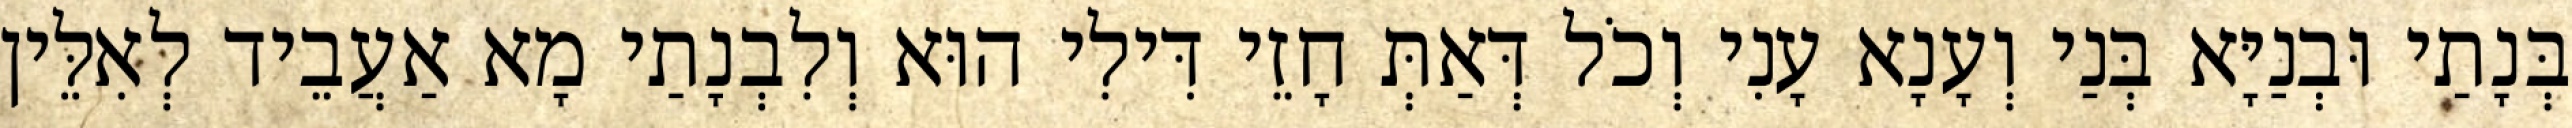
בְּנָתַי וּבְנַיָּא בְּנַי וְעָנָא עָנִי וְכֹל דְּאַתְּ חָזֵי דִּילִי הוּא וְלִבְנָתַי מָא אַעֲבֵיד לְאִלֵּין